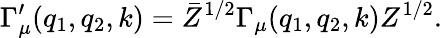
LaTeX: \Gamma_{\mu}^{\prime}(q_{1},q_{2},k)=\bar{Z}^{1/2}\Gamma_{\mu}(q_{1},q_{2},k)Z^{1/2}.